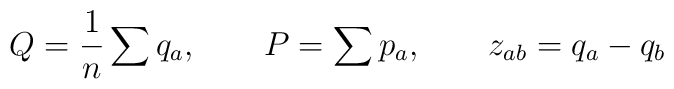
Q= {1 \over n}  \sum  q_a ,   \qquad     P = \sum p_a ,  \qquad    z_{ab} = q_a  -q_b